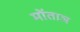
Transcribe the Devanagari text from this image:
मोंताञ